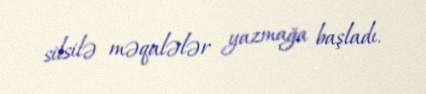
silsilə məqalələr yazmağa başladı.